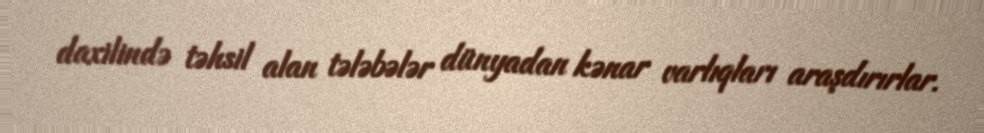
daxilində təhsil alan tələbələr dünyadan kənar varlıqları araşdırırlar.